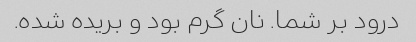
درود بر شما. نان گرم بود و بریده شده.